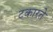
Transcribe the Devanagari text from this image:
टकारते